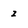
Character: z